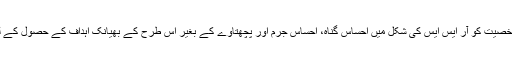
ان کی جارحانہ طبیعت اور بےرحم شخصیت کو آر ایس ایس کی شکل میں احساسِ گناہ، احساسِ جرم اور پچھتاوے کے بغیر اس طرح کے بھیانک اہداف کے حصول کے لیے ایک بہترین پلیٹ فارم میسر آ گیا۔